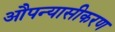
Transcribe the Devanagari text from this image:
औपन्यासीकरण